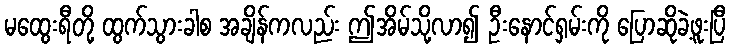
မထွေးရီတို့ ထွက်သွားခါစ အချိန်ကလည်း ဤအိမ်သို့လာ၍ ဦးနောင်ရှမ်းကို ပြောဆိုခဲ့ဖူးပြီ